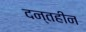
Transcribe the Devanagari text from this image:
दन्तहीन